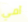
آمي